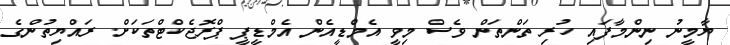
ޔާމީނު ނިންމާފައި ހުރި ތަންތަން ވެސް މިވީ އެމްޑީއެން އެމްޑީޕީ ޕްރޮޖެކްޓްތަކަށް. ރައްޔިތުންގެ